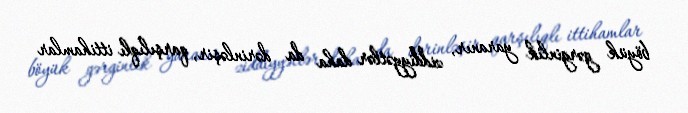
böyük gərginlik yaranır, ziddiyyətlər daha da dərinləşir, qarşılıqlı ittihamlar